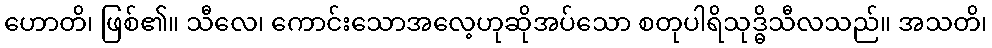
ဟောတိ၊ ဖြစ်၏။ သီလေ၊ ကောင်းသောအလေ့ဟုဆိုအပ်သော စတုပါရိသုဒ္ဓိသီလသည်။ အသတိ၊